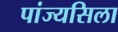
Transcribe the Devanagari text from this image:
पांज्यसिला